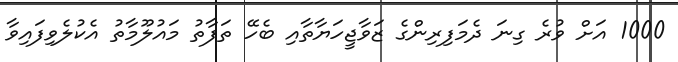
1000 އަށް ވުރެ ގިނަ ދެމަފިރިންގެ ޒަވާޖީހަޔާތާއި ބެހޭ ތަފާތު މައުލޫމާތު އެކުލެވިފައިވާ